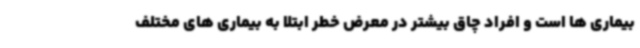
بیماری ها است و افراد چاق بیشتر در معرض خطر ابتلا به بیماری های مختلف